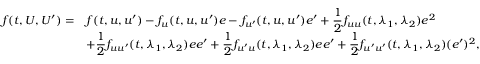
\begin{array} { r } { \begin{array} { r l } { f ( t , U , U ^ { \prime } ) = } & { f ( t , u , u ^ { \prime } ) - f _ { u } ( t , u , u ^ { \prime } ) e - f _ { u ^ { \prime } } ( t , u , u ^ { \prime } ) e ^ { \prime } + \displaystyle \frac { 1 } { 2 } f _ { u u } ( t , \lambda _ { 1 } , \lambda _ { 2 } ) e ^ { 2 } } \\ & { + \displaystyle \frac { 1 } { 2 } f _ { u u ^ { \prime } } ( t , \lambda _ { 1 } , \lambda _ { 2 } ) e e ^ { \prime } + \displaystyle \frac { 1 } { 2 } f _ { u ^ { \prime } u } ( t , \lambda _ { 1 } , \lambda _ { 2 } ) e e ^ { \prime } + \displaystyle \frac { 1 } { 2 } f _ { u ^ { \prime } u ^ { \prime } } ( t , \lambda _ { 1 } , \lambda _ { 2 } ) ( e ^ { \prime } ) ^ { 2 } , } \end{array} } \end{array}